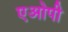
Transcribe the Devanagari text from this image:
एओपी